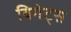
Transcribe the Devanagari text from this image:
बिगेट्स